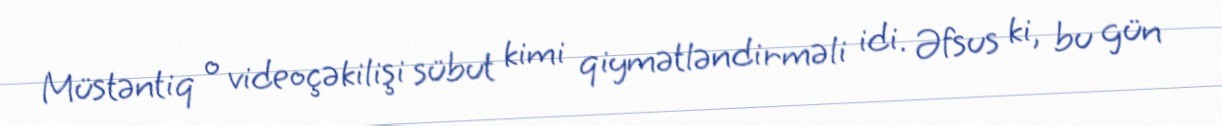
Müstəntiq o videoçəkilişi sübut kimi qiymətləndirməli idi. Əfsus ki, bu gün